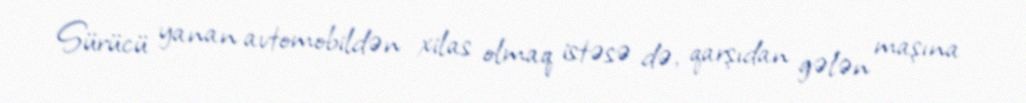
Sürücü yanan avtomobildən xilas olmaq istəsə də, qarşıdan gələn maşına